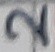
Text: 2